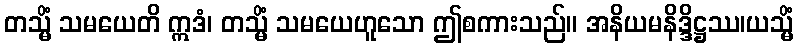
တသ္မိံ သမယေတိ ဣဒံ၊ တသ္မိံ သမယေဟူသော ဤစကားသည်။ အနိယမနိဒ္ဒိဋ္ဌဿ၊ယသ္မိံ